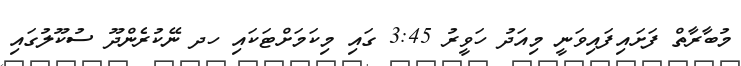
މުބާރާތް ފަށައިފައިވަނީ މިއަދު ހަވީރު 3:45 ގައި މިކަމަށްޓަކައި ހދ ނޭކުރެންދޫ ސުކޫލުގައި